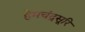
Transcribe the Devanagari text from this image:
हेमचंद्रसूरि